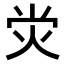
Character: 𤇑